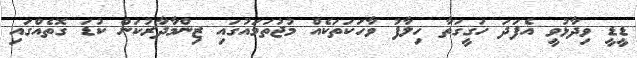
ޑީޑީ ވިދާޅުވީ އެފަދަ ހަގީގަތާ ހިލާފު ވާހަކަތަކެއް މުޖުތަމައުގައި ޒިންމާދާރުކަން ކުޑަ ގޮތެއްގައި